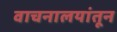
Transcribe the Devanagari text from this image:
वाचनालयांतून